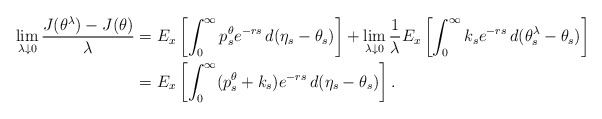
\begin{align*}\lim_{\lambda \downarrow 0}\frac{J(\theta^{\lambda})-J(\theta)}{\lambda} &= E_x\left[\int_{0}^{\infty}p_{s}^{\theta}e^{-rs}\,d(\eta_s-\theta_s)\right]+\lim_{\lambda \downarrow 0}\frac{1}{\lambda}E_x\left[\int_0^{\infty}k_{s}e^{-rs}\,d(\theta^{\lambda}_s -\theta_s) \right] \\ &= E_x\left[\int_0^{\infty}(p_{s}^{\theta}+k_{s})e^{-rs}\,d(\eta_s-\theta_s)\right].\end{align*}